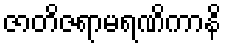
ဇာတိဇရာမရဏိကာနိ